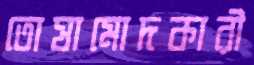
তোষামোদকারী